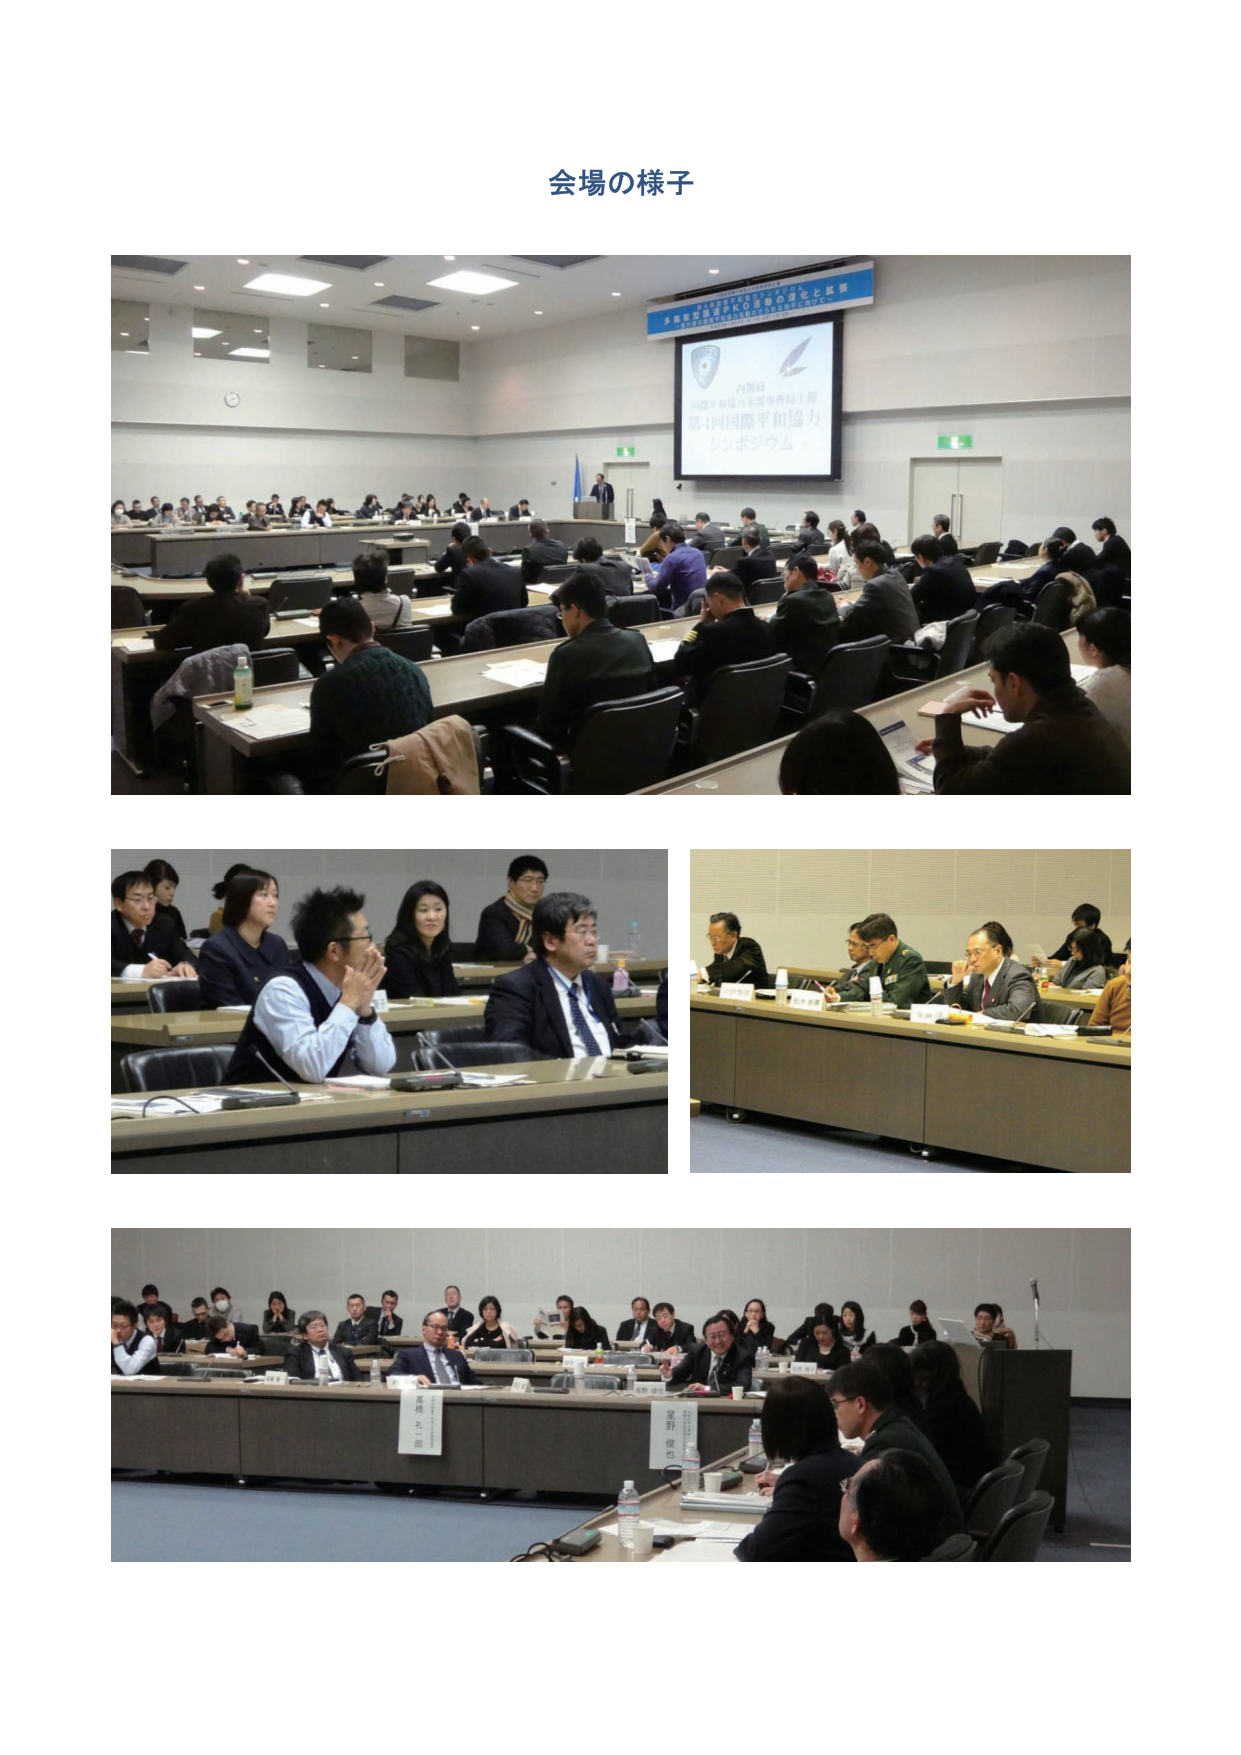
会場の様子

内閣府
国際平和協力本部事務局主催
第4回国際平和協力
シンポジウム

黒橋 孔一郎
星野 俊也